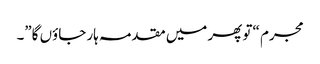
مجرم “تو پھر میں مقدمہ ہار جاؤں گا”۔